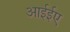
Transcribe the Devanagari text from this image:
आईईए